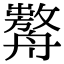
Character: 𦪰